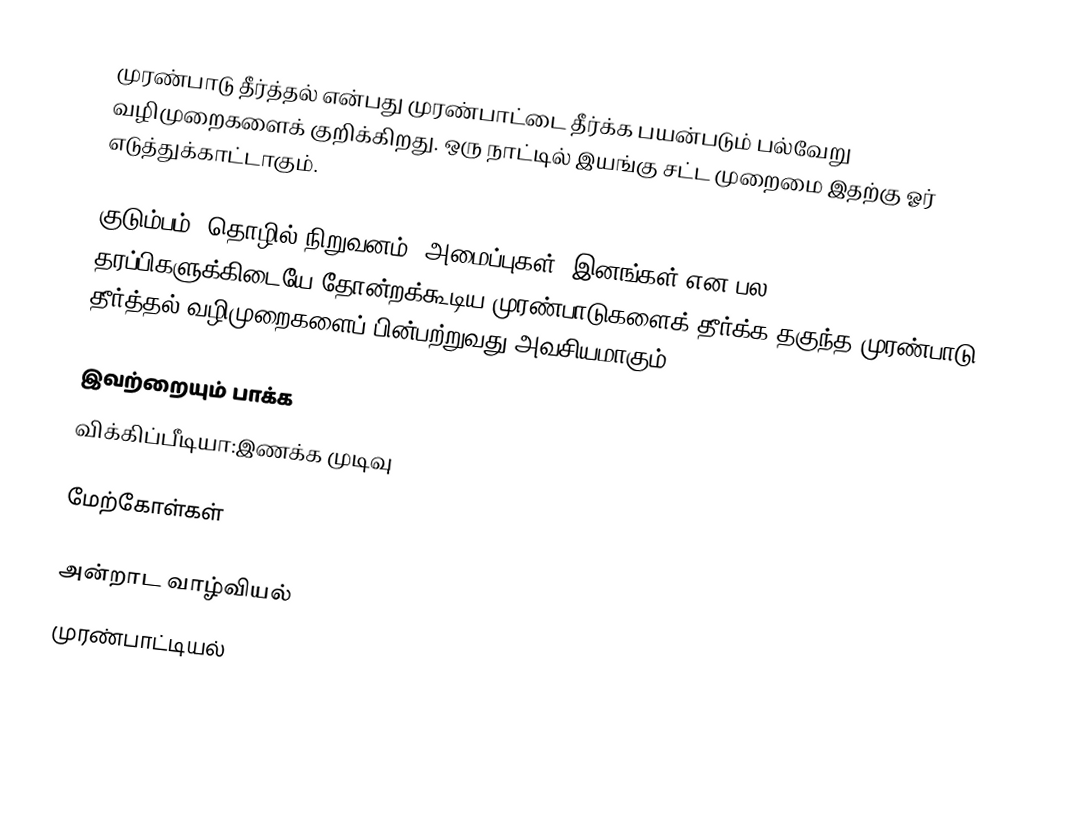
முரண்பாடு தீர்த்தல் என்பது முரண்பாட்டை தீர்க்க பயன்படும் பல்வேறு வழிமுறைகளைக் குறிக்கிறது. ஒரு நாட்டில் இயங்கு சட்ட முறைமை இதற்கு ஓர் எடுத்துக்காட்டாகும்.

குடும்பம், தொழில் நிறுவனம், அமைப்புகள், இனங்கள் என பல தரப்பிகளுக்கிடையே தோன்றக்கூடிய முரண்பாடுகளைக் தீர்க்க தகுந்த முரண்பாடு தீர்த்தல் வழிமுறைகளைப் பின்பற்றுவது அவசியமாகும்.

இவற்றையும் பாக்க
 விக்கிப்பீடியா:இணக்க முடிவு

மேற்கோள்கள்

அன்றாட வாழ்வியல்
முரண்பாட்டியல்